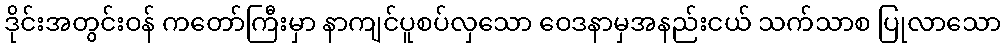
ဒိုင်းအတွင်းဝန် ကတော်ကြီးမှာ နာကျင်ပူစပ်လှသော ဝေဒနာမှအနည်းငယ် သက်သာစ ပြုလာသော